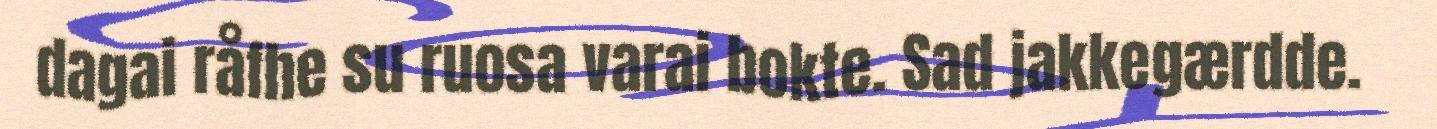
dagai råfhe su ruosa varai bokte. Sad jakkegærdde.